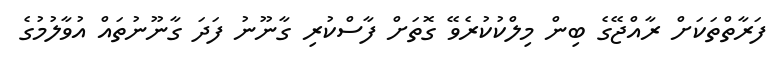
ފަރާތްތަކަށް ރާއްޖޭގެ ބިން މިލްކުކުރެވޭ ގޮތަށް ފާސްކުރި ގާނޫނު ފަދަ ގާނޫނުތައް އުވާލުމުގެ